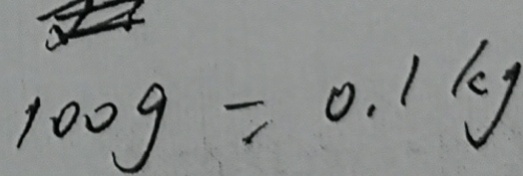
1 0 0 g = 0 . 1 k g